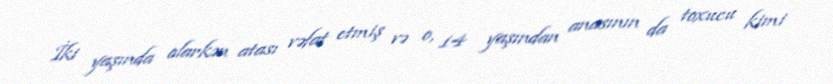
İki yaşında olarkən atası vəfat etmiş və o, 14 yaşından anasının da toxucu kimi